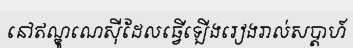
នៅឥណ្ឌូណេស៊ីដែលធ្វើឡើងរៀងរាល់សប្តាហ៍